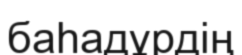
баһадұрдің